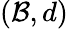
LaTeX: (\mathcal{B},d)